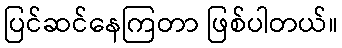
ပြင်ဆင်နေကြတာ ဖြစ်ပါတယ်။